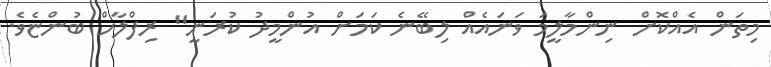
މިތަން އެއްކޮށް ނިންމާލީމަ ވަނައެއް ލިބޭނެ ކަމަށް އުންމީދު ކުރަނީ" ރިފްލާހް ބުންޏެވެ.